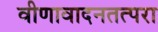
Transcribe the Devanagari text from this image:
वीणावादनतत्परा